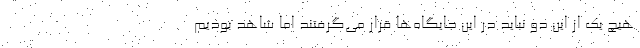
هیچ یک از این دو نباید در این جایگاه‌ها قرار می‌گرفتند اما شاهد بودیم